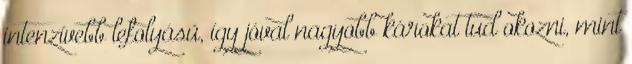
intenzívebb lefolyású, így jóval nagyobb károkat tud okozni, mint